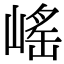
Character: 𡺯